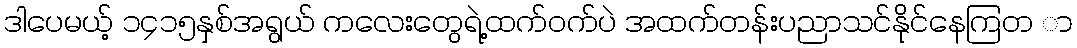
ဒါပေမယ့် ၁၄၁၅နှစ်အရွယ် ကလေးတွေရဲ့ထက်ဝက်ပဲ အထက်တန်းပညာသင်နိုင်နေကြတ ာ